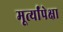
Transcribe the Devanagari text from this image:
मूर्त्यांपेक्षा